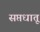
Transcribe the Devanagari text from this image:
सप्तधातू